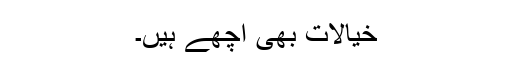
خیالات بھی اچھے ہیں۔